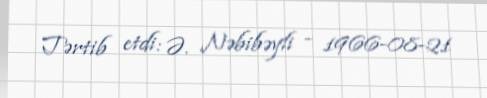
Tərtib etdi: Ə. Nəbibəyli - 1966-08-21